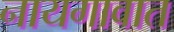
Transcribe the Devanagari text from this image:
नायगावात